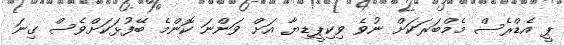
ޕީ އެޑްރެސް މެމްބަރަކަށް ނުވެ ވިކިޕީޑިޔާ އަށް ވަންނަ ކޮންމެ ބޭފުޅަކަށްވެސް ގިނަ